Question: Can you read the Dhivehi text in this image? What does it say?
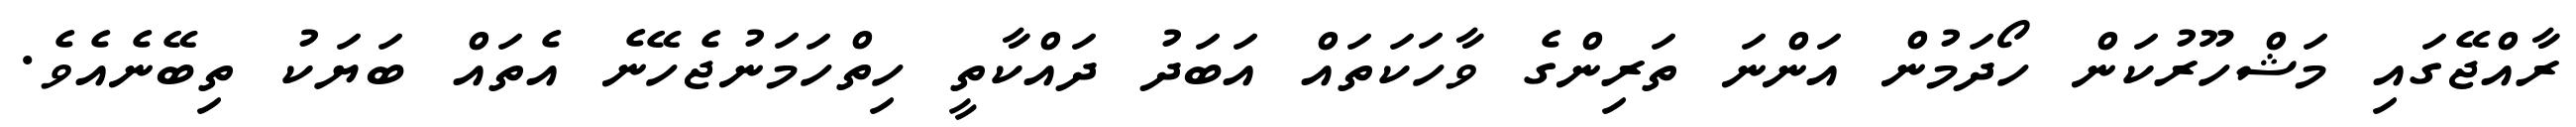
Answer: ރާއްޖޭގައި މަޝްހޫރުކަން ހޯދަމުން އަންނަ ތަރިންގެ ވާހަކަތައް އަބަދު ދައްކާތީ ހިތްހަމަނުޖެހޭނެ އެތައް ބަޔަކު ތިބޭނެއެވެ.